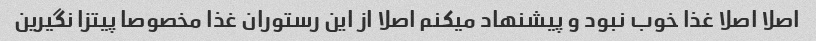
اصلا اصلا غذا خوب نبود و پیشنهاد میکنم اصلا از این رستوران غذا مخصوصا پیتزا نگیرین